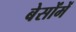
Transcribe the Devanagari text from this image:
बेसोंमें